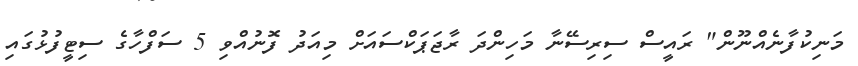
މަނިކުފާނެއްނޫން" ރައީސް ސިރިސޭނާ މަހިންދަ ރާޖަޕަކްސައަށް މިއަދު ފޮނުއްވި 5 ސަފްހާގެ ސިޓީފުޅުގައި